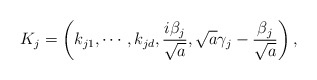
\begin{align*}K_{j}=\left( k_{j1},\cdots ,k_{jd},\frac{i\beta _{j}}{\sqrt{a}},\sqrt{a}\gamma _{j}-\frac{\beta _{j}}{\sqrt{a}}\right),\end{align*}